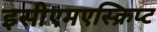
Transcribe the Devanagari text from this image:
इसीएमएस्क्रिप्ट